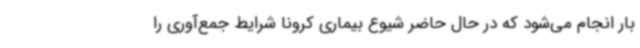
بار انجام می‌شود که در حال حاضر شیوع بیماری کرونا شرایط جمع‌آوری را